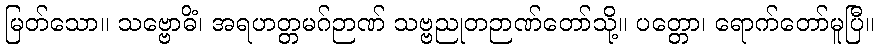
မြတ်သော။ သဗ္ဗောဓိံ၊ အရဟတ္တမဂ်ဉာဏ် သဗ္ဗညုတဉာဏ်တော်သို့။ ပတ္တော၊ ရောက်တော်မူပြီ။